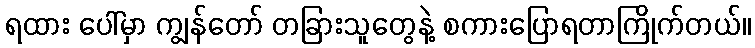
ရထား ပေါ်မှာ ကျွန်တော် တခြားသူတွေနဲ့ စကားပြောရတာကြိုက်တယ်။